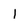
Character: 1